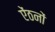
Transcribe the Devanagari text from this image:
ऐंठनों